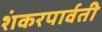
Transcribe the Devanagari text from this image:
शंकरपार्वती